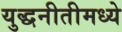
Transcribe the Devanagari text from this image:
युद्धनीतीमध्ये